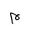
Letter: _mim